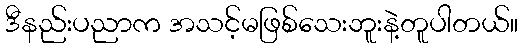
ဒီနည်းပညာက အသင့်မဖြစ်သေးဘူးနဲ့တူပါတယ်။